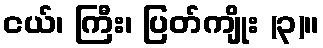
ငယ်၊ ကြီး၊ ပြတ်ကျိုး (၃)။